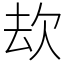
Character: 㰦